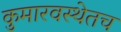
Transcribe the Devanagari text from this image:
कुमारवस्थेतच